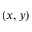
( x , y )